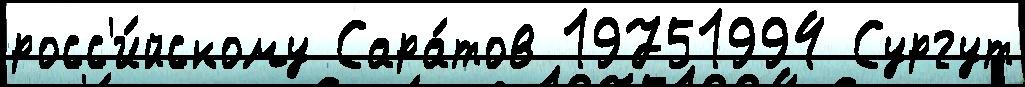
росс'и́йскому Сара́тов 19751994 Сургут